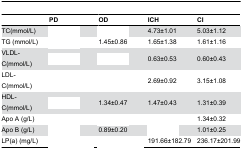
<table><thead><tr><td>[EMPTY_CELL]</td><td><b>PD</b></td><td><b>OD</b></td><td><b>ICH</b></td><td><b>CI</b></td></tr></thead><tbody><tr><td>TC(mmol/L)</td><td>[EMPTY_CELL]</td><td>[EMPTY_CELL]</td><td>4.73±1.01</td><td>5.03±1.12</td></tr><tr><td>TG (mmol/L)</td><td>[EMPTY_CELL]</td><td>1.45±0.86</td><td>1.65±1.38</td><td>1.61±1.16</td></tr><tr><td>VLDL-C(mmol/L)</td><td>[EMPTY_CELL]</td><td>[EMPTY_CELL]</td><td>0.63±0.53</td><td>0.60±0.43</td></tr><tr><td>LDL-C(mmol/L)</td><td>[EMPTY_CELL]</td><td>[EMPTY_CELL]</td><td>2.69±0.92</td><td>3.15±1.08</td></tr><tr><td>HDL-C(mmol/L)</td><td>[EMPTY_CELL]</td><td>1.34±0.47</td><td>1.47±0.43</td><td>1.31±0.39</td></tr><tr><td>Apo A (g/L)</td><td>[EMPTY_CELL]</td><td>[EMPTY_CELL]</td><td>[EMPTY_CELL]</td><td>1.34±0.32</td></tr><tr><td>Apo B (g/L)</td><td>[EMPTY_CELL]</td><td>0.89±0.20</td><td>[EMPTY_CELL]</td><td>1.01±0.25</td></tr><tr><td>LP(a) (mg/L)</td><td>[EMPTY_CELL]</td><td>[EMPTY_CELL]</td><td>191.66±182.79</td><td>236.17±201.99</td></tr></tbody></table>